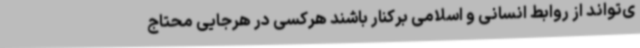
ی‌تواند از روابط انسانی و اسلامی برکنار باشند هرکسی در هرجایی محتاج